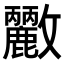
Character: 𭤓